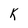
Character: K